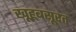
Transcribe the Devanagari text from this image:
खूहूबसूरत